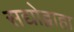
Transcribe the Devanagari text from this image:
सद्योद्वाहा